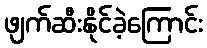
ဖျက်ဆီးနိုင်ခဲ့ကြောင်း